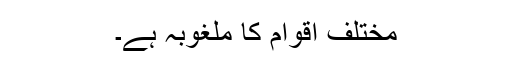
مختلف اقوام کا ملغوبہ ہے۔